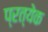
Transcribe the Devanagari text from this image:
प्रत्येेक